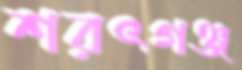
শরৎগঞ্জ